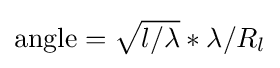
{\text{angle}}={\sqrt {l/\lambda }}*\lambda /R_{l}